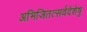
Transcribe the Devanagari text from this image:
अभिजितत्सर्वदेशेषु